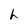
Character: h